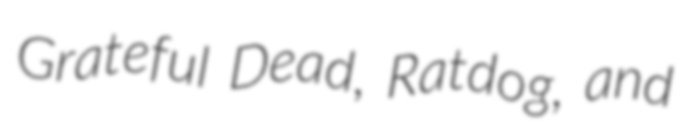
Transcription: Grateful Dead, Ratdog, and